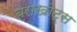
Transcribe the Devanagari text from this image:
बेराखोट्स